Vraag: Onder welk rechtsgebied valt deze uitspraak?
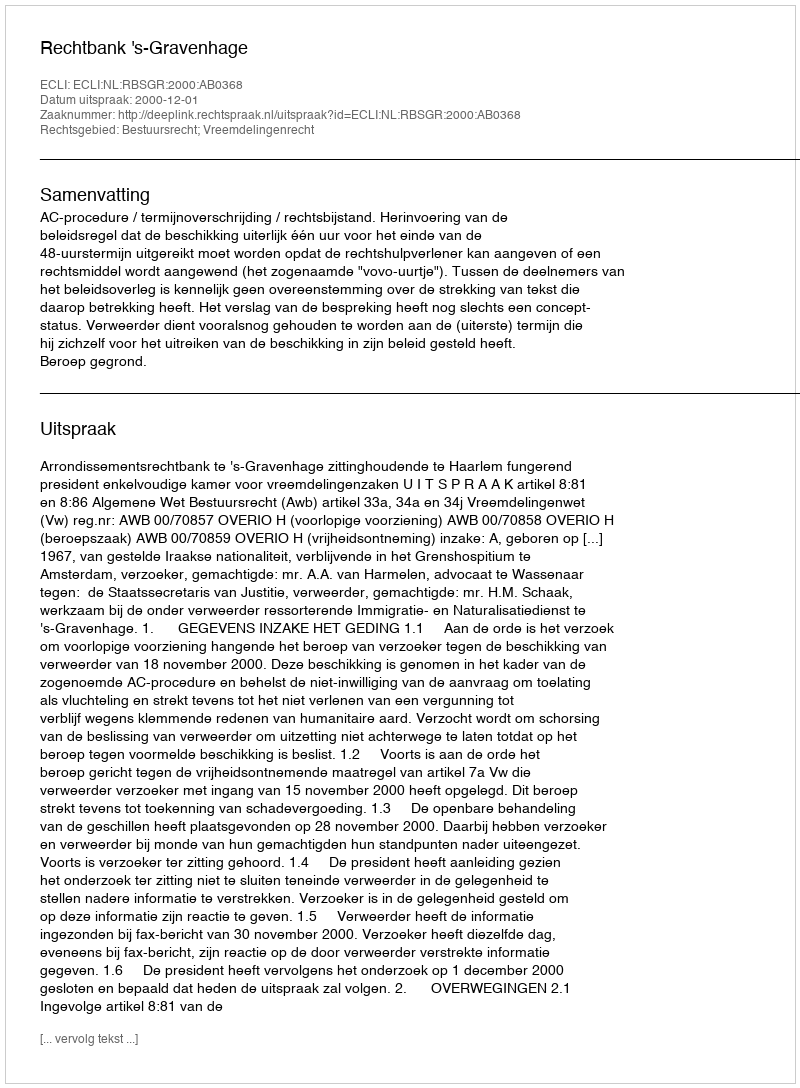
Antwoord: Bestuursrecht; Vreemdelingenrecht